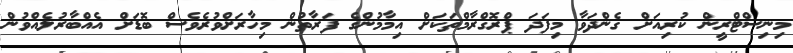
މިނިސްޓްރީން ކުރިއަށް ގެންދަވާ މިފަދަ ޕްރޮގްރާމްތަކަށް އިމާމުންގެ ފަރާތުން މިހާރަށްވުރެވެސް ބޮޑަށް އެއްބާރުލެއްވުން